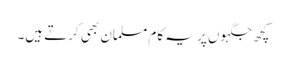
کچھ جگہوں پر یہ کام مسلمان بھی کرتے ہیں۔